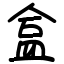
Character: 盒